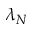
\lambda _ { N }